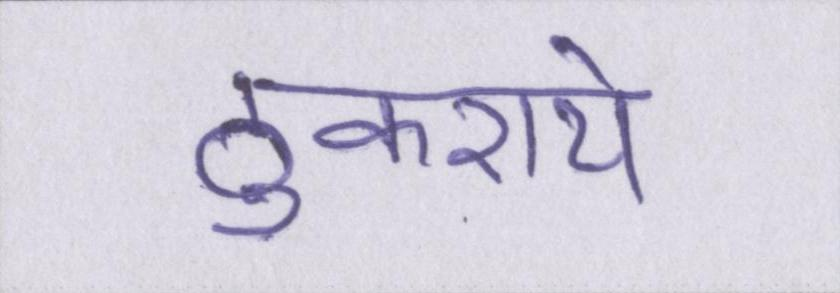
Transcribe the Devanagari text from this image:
ठुकराये